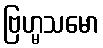
ဗြဟ္မသမော